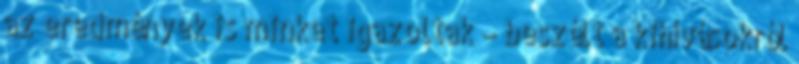
az eredmények is minket igazoltak – beszélt a kihívásokról